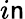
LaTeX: i\mathsf{n}